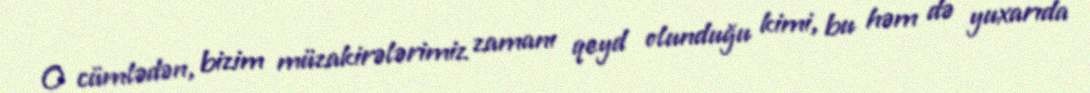
O cümlədən, bizim müzakirələrimiz zamanı qeyd olunduğu kimi, bu həm də yuxarıda